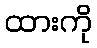
ထားကို